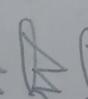
Signature authenticity: forged